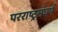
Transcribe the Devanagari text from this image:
परराष्ट्रसंघर्ष